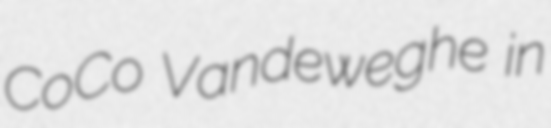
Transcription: CoCo Vandeweghe in